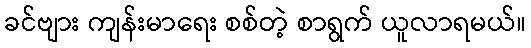
ခင်ဗျား ကျန်းမာရေး စစ်တဲ့ စာရွက် ယူလာရမယ်။